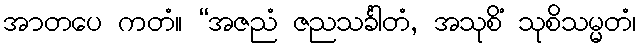
အာတပေ ကတံ။ “အဇညံ ဇညသင်္ခါတံ, အသုစိံ သုစိသမ္မတံ၊